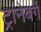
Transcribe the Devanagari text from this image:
ट्रानेबर्ग